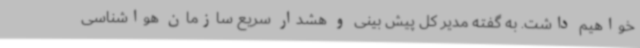
خواهیم داشت. به گفته مدیر کل پیش بینی و هشدار سریع سازمان هواشناسی